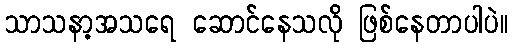
သာသနာ့အသရေ ဆောင်နေသလို ဖြစ်နေတာပါပဲ။